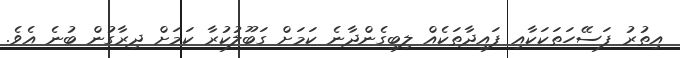
އިތުރު ފަސޭހަތަކަކާއި ފައިދާތަކެއް ލިބިގެންދާނެ ކަމަށް ގަބޫލުކުރާ ކަމަށް ދިރާގުން ބުނެ އެވެ.